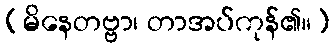
(မိနေတဗ္ဗာ၊ တာအပ်ကုန်၏။)